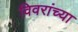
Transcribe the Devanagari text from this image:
विवरांच्या